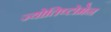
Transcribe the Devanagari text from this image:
ज्योतिष्टोमेन